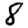
Digit: 8